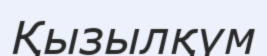
Қызылқүм